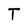
Character: T